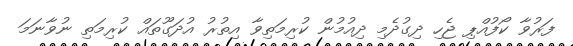
ފަރުވާ ކޯފުއްޕި ޖެހި ދިގުދެމި ދިއުމުން ކުރިމަތިވާ އިތުރު އުދަގޫތައް ކުރިމަތި ނުވާނަމަ